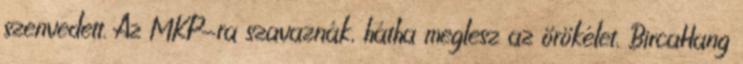
szenvedett. Az MKP-ra szavaznák, hátha meglesz az örökélet. BircaHang